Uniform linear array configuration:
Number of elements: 16
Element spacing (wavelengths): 1
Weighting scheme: exponential
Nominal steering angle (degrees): -30
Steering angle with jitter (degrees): -28.43
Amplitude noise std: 0.05
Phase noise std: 0.05

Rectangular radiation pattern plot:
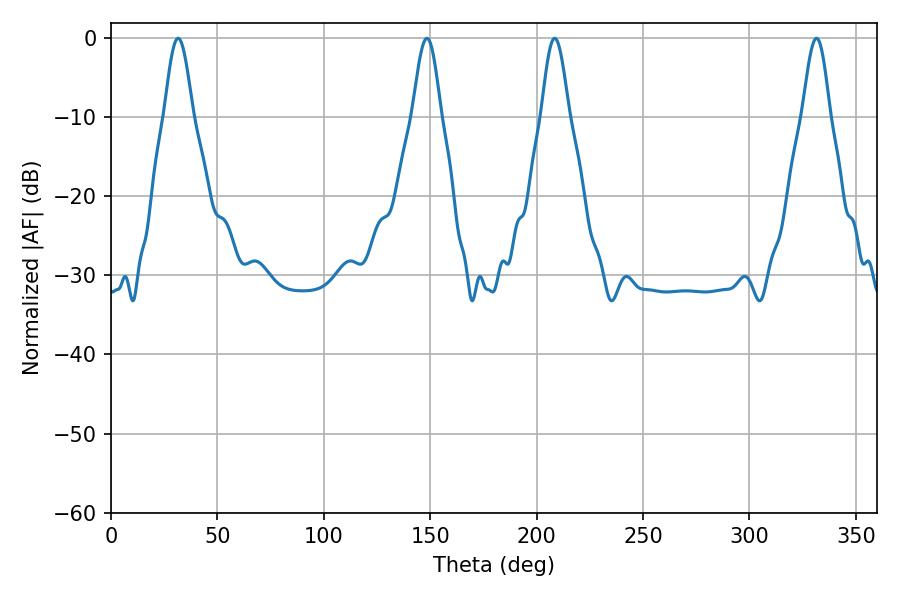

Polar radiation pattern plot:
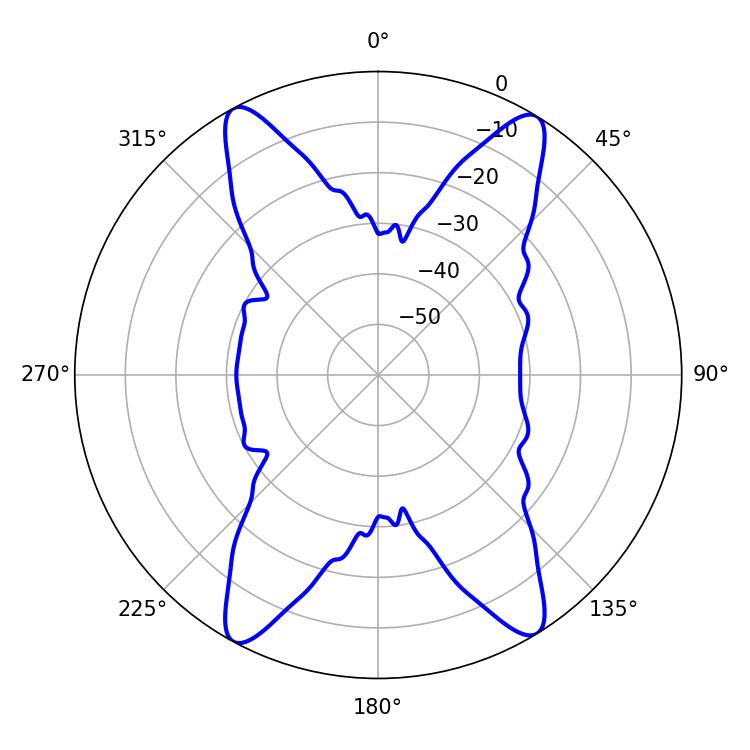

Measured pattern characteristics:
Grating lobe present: TRUE
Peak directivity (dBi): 20.233
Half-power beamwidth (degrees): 7.02
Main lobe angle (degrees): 31.5